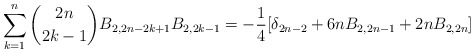
\begin{align*} \sum_{k=1}^{n} \binom{2n}{2k-1}B_{2,2n-2k+1}B_{2,2k-1} =-\frac{1}{4}[\delta_{2n-2}+6nB_{2,2n-1}+2nB_{2,2n}] \end{align*}